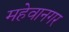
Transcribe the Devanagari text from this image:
महेवानगर